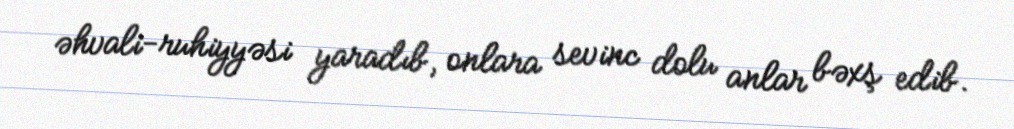
əhvali-ruhiyyəsi yaradıb, onlara sevinc dolu anlar bəxş edib.